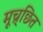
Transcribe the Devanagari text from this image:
मूच्र्छित